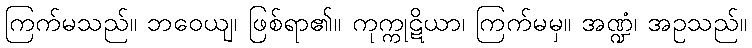
ကြက်မသည်။ ဘဝေယျ၊ ဖြစ်ရာ၏။ ကုက္ကုဋိယာ၊ ကြက်မမှ။ အဏ္ဍံ၊ အဥသည်။